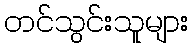
တင်သွင်းသူများ